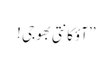
’’آؤکانتی بھوجی !